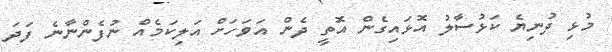
މުޅި ދުނިޔެ ކަޅުސާލު އޮޅައިގެން އޮތީ ދެން އަވަހަށް އަލިކަމެއް ނުފެންނާނެ ފަދަ